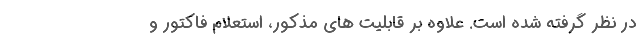
در نظر گرفته شده است. علاوه بر قابلیت های مذکور، استعلام فاکتور و